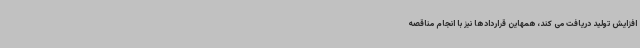
افزایش تولید دریافت می کند، همهاین قراردادها نیز با انجام مناقصه